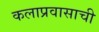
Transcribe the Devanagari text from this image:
कलाप्रवासाची